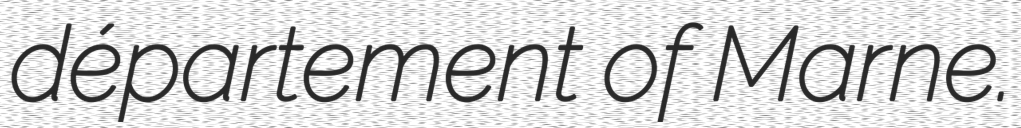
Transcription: département of Marne.